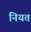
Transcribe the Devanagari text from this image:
नियत